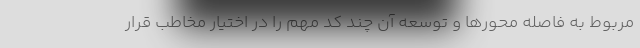
مربوط به فاصله محورها و توسعه آن چند کد مهم را در اختیار مخاطب قرار